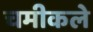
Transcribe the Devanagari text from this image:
चमीकले